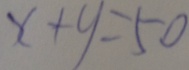
x + y = 5 0